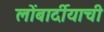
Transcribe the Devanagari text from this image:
लोंबार्दीयाची